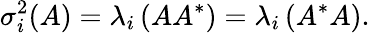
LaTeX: \sigma_{i}^{2}(A)=\lambda_{i}\left(AA^{*}\right)=\lambda_{i}\left(A^{*}A\right).